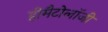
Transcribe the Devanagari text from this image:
हीमैटोलॉजी